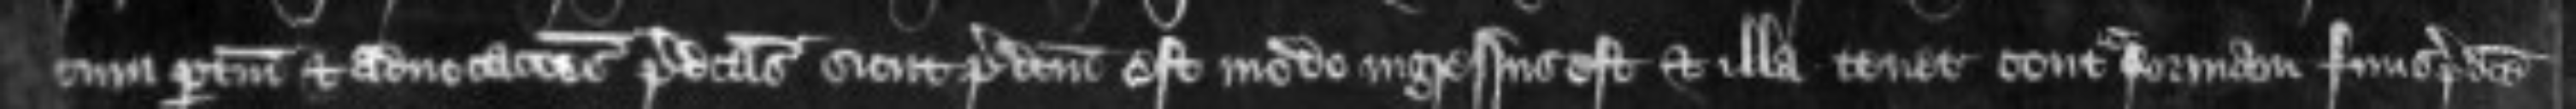
cum pertinenciis et advocationes predictas sicut predictum est modo ingressus est et illa tenet contra formam finis predicte